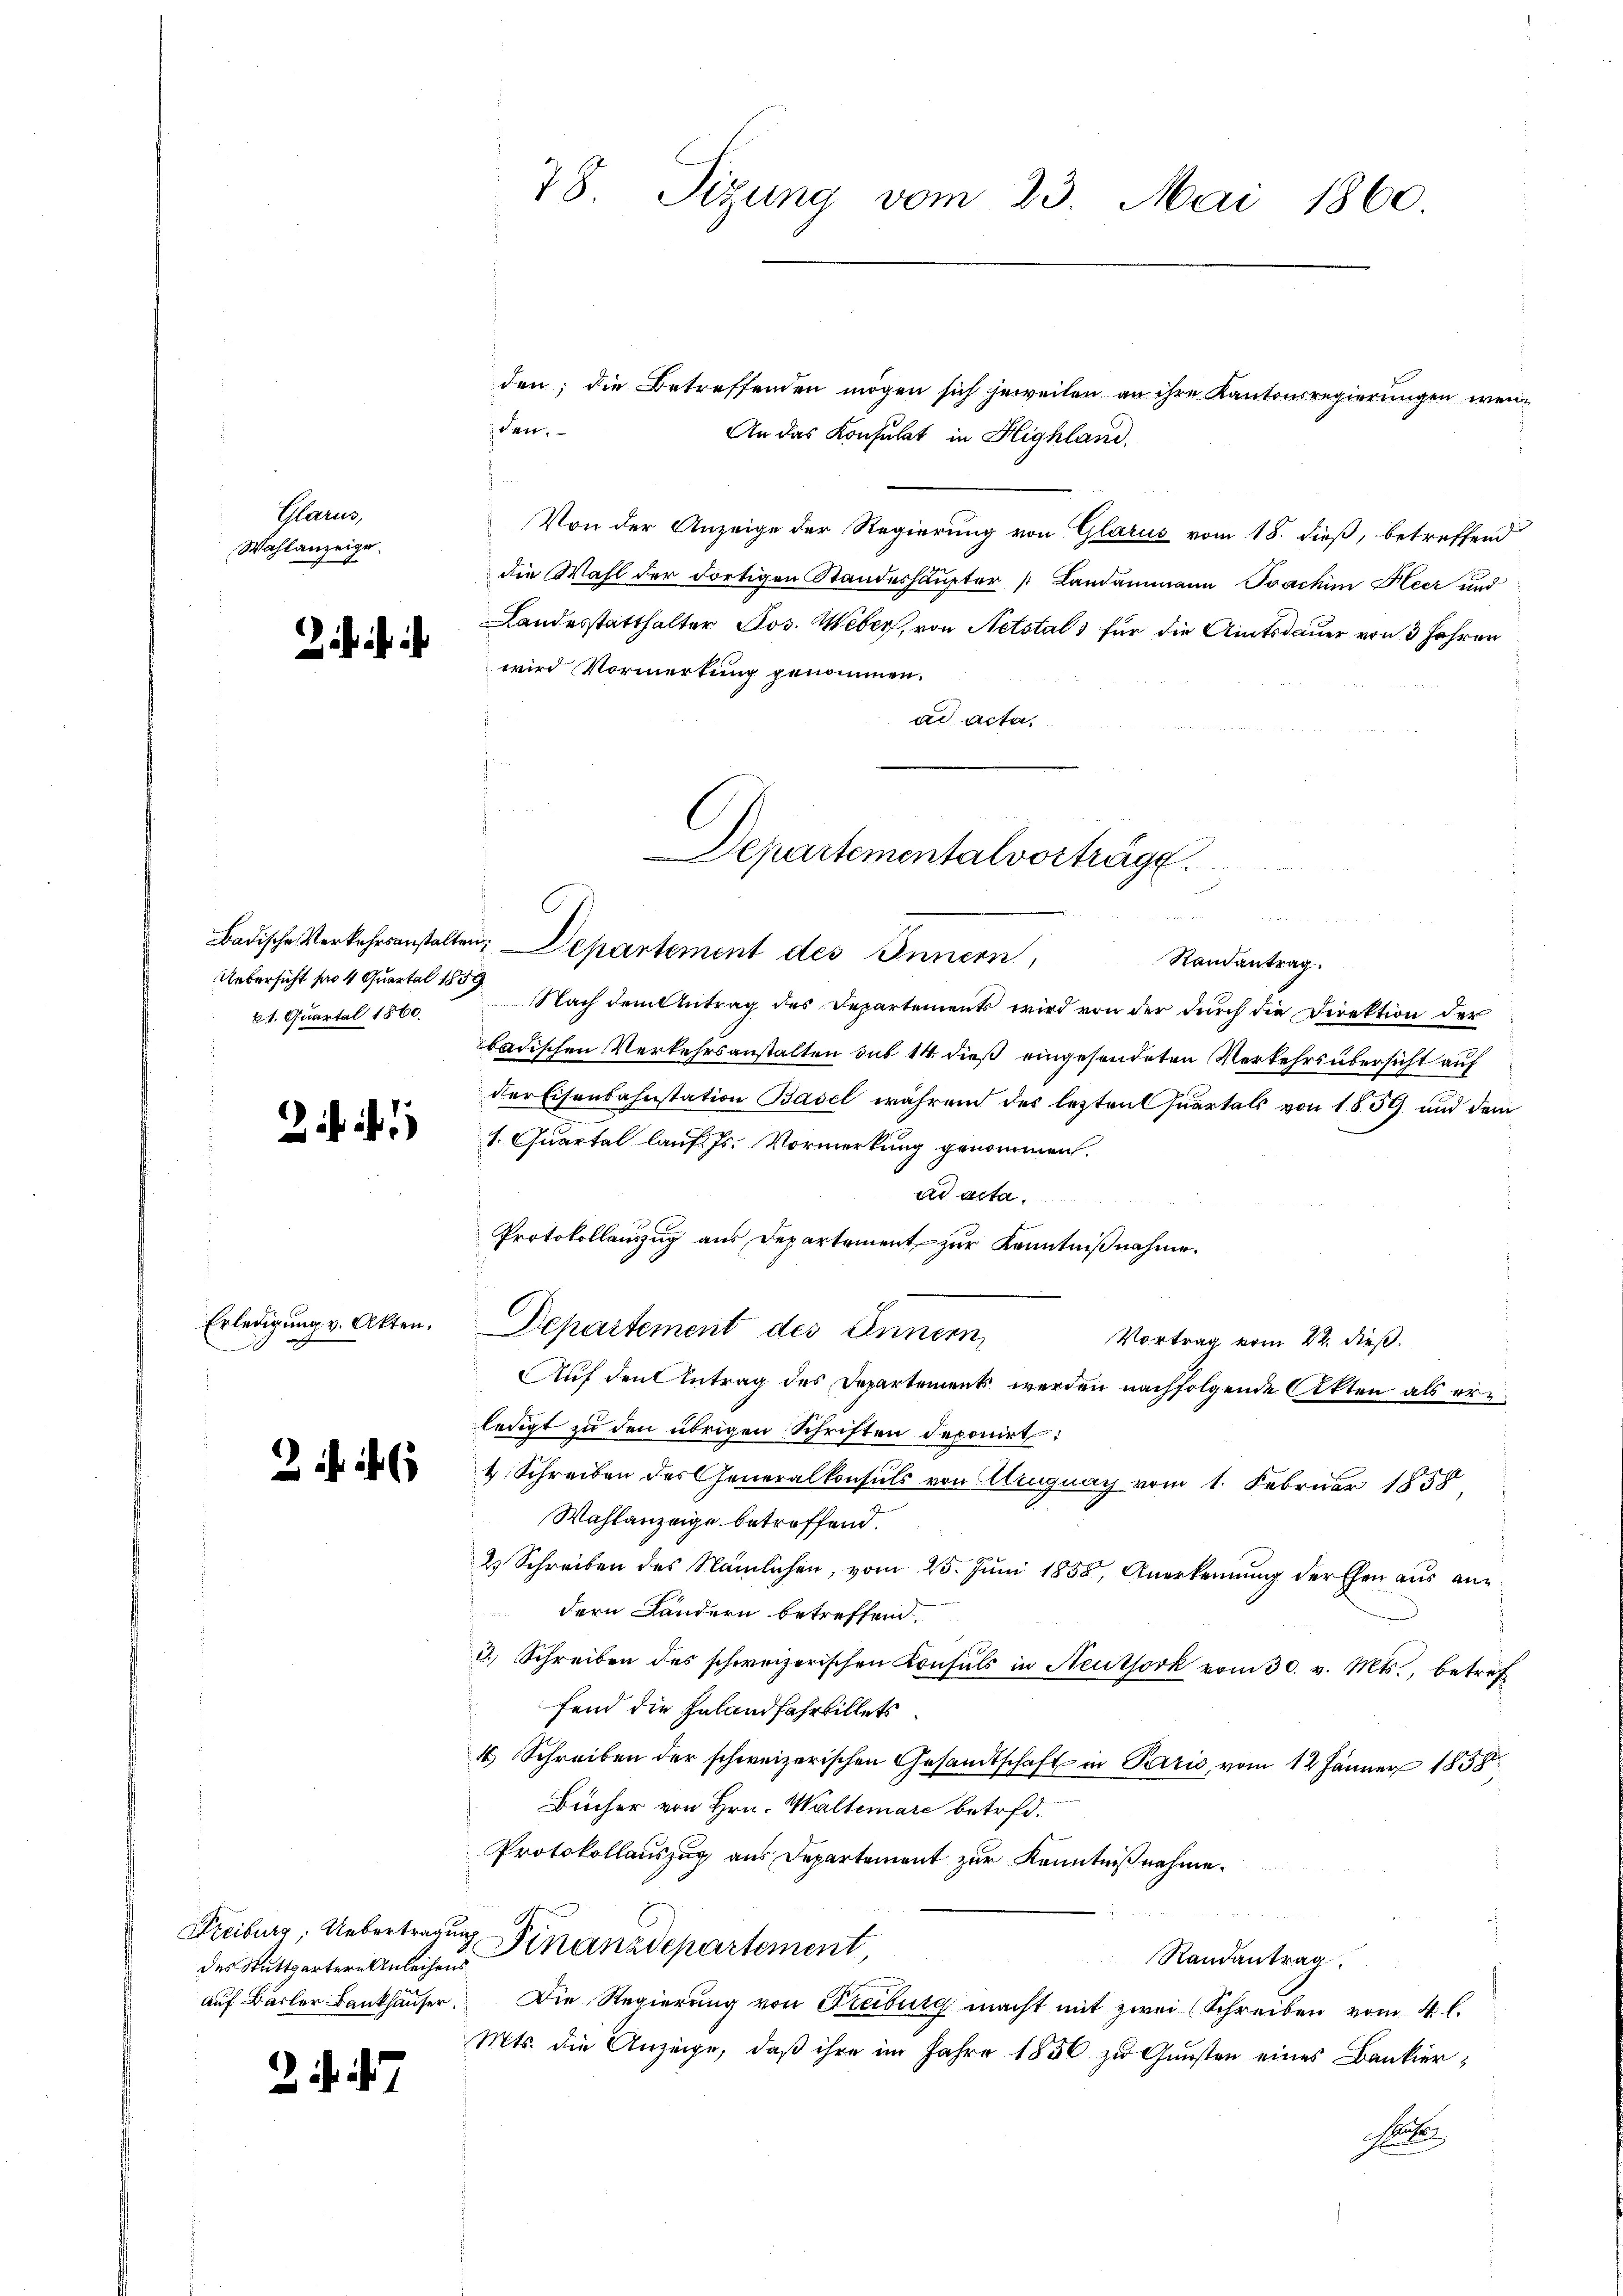
Marus
Wahlanzeige

2 1)

2

Uebersicht pro 4 Quartal 1859
61. Quartal 1860.

2. 187

des Stuttgartern Anleihens

den; die Betreffenden mögen sich jeweilen an ihre Kantonsregierungen wenn
Ven.
An das Konsulat in Highland,

Von der Anzeige der Regierung von Glarus vom 18. dieß, betreffend
die Wahl der dortigen Standeshaupter Landammann Joachim Heer und
Landesstatthalter Jos. Weber, von Netstals für die Amtsdauer von 3 Jahren
wird Vormerkung genommen.
ad acta.

78. Sizung vom 23. Mai 1860.

Erledigung v. Akten. Departement des Innern,

Departementalverträge.
C
Badische Verkehrsanstaltung Departement des Innern,

Randantrag.
Nach dem Antrag des Departements wird von der durch die Direktion der
badischen Verkehrsanstalten sub 14. dieß eingesendeten Verkehrs übersicht auf
der Eisenbahnstation Basel während des lezten Quartals von 1859 und dem
1. Quartal lauf. Js. Vormerkung genommen.
ad acta.
Protokollauszug aus Departement zur Kenntnißnahme.
Vortrag vom 22. dieß.
Auf den Antrag des Departement werden nachfolgende Akten als erledigt zu den übrigen Schriften deponirt:
4 Schreiben des Generalkonsuls von Auguay vom 1. Februar 1858.
Wahlanzeige betreffend.
2 Schreiben des Nämlichen, vom 25. Juni 1855, Anerkennung der Ehen aus andern Landern betreffend
3.) Schreiben des schweizerischen Konsuls in Neuthork vom 30. v. Mts., betref
fend die Inland fahrbillets
4 Schreiben der schweizerischen Gesandtschaft in Pazić, vom 12. Jänner 1858
Bücher von Hrn. Walterare betrfd.
Protokollauszug aus Departement zur Kenntnißnahme.
Freiburg, Uebertragung Finanzdepartement,
Randantrag.
aŭf Bärler Bankhäŭser. Die Regierŭng von Freiburg macht mit zwei (Schreiben vom 4. l.
Mts. die Anzeige, daβ ihre im Jahre 1856 zu Gunsten eines Bankier¬
Suter